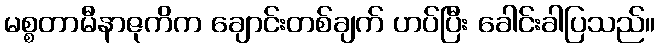
မစ္စတာမီနာဇုကိက ချောင်းတစ်ချက် ဟပ်ပြီး ခေါင်းခါပြသည်။